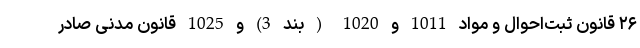
۲۶ قانون ثبت‌احوال و مواد 1011 و 1020 ( بند 3) و 1025 قانون مدنی صادر